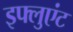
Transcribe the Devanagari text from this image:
इफ्लुएंट